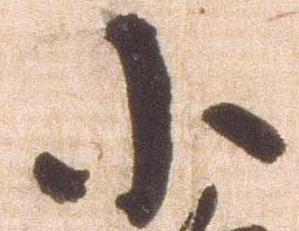
小